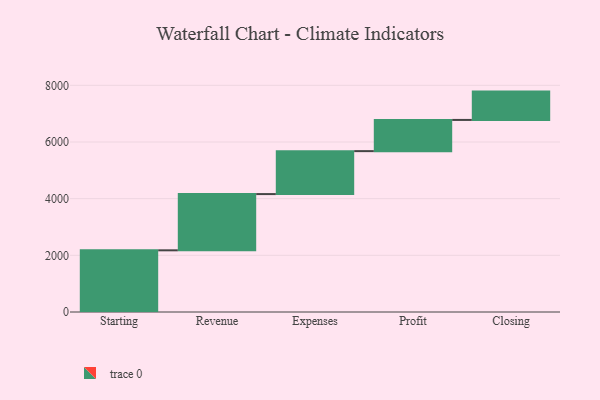
{"axis": {"x": "Step", "y": "Value"}, "legend": [""], "data": [{"x": "Starting", "y": 2177.0, "type": ""}, {"x": "Revenue", "y": 1985.0, "type": ""}, {"x": "Expenses", "y": 1516.0, "type": ""}, {"x": "Profit", "y": 1101.0, "type": ""}, {"x": "Closing", "y": 1000, "type": ""}]}